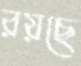
রয়ছে